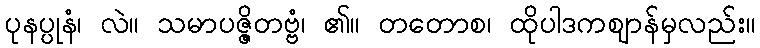
ပုနပ္ပုနံ၊ လဲ။ သမာပဇ္ဇိတဗ္ဗံ၊ ၏။ တတောစ၊ ထိုပါဒကဈာန်မှလည်း။